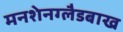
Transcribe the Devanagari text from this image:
मनशेनग्लैडबाख